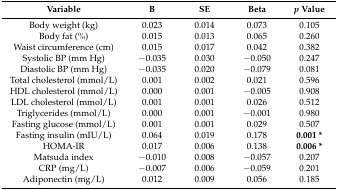
<table><thead><tr><td><b>Variable</b></td><td><b>B</b></td><td><b>SE</b></td><td><b>Beta</b></td><td><b><i>p</i> Value</b></td></tr></thead><tbody><tr><td>Body weight (kg) </td><td>0.023</td><td>0.014</td><td>0.073</td><td>0.105</td></tr><tr><td>Body fat (%) </td><td>0.015</td><td>0.013</td><td>0.065</td><td>0.260</td></tr><tr><td>Waist circumference (cm) </td><td>0.015</td><td>0.017</td><td>0.042</td><td>0.382</td></tr><tr><td>Systolic BP (mm Hg) </td><td>−0.035</td><td>0.030</td><td>−0.050</td><td>0.247</td></tr><tr><td>Diastolic BP (mm Hg) </td><td>−0.035</td><td>0.020</td><td>−0.079</td><td>0.081</td></tr><tr><td>Total cholesterol (mmol/L) </td><td>0.001</td><td>0.002</td><td>0.021</td><td>0.596</td></tr><tr><td>HDL cholesterol (mmol/L) </td><td>0.000</td><td>0.001</td><td>−0.005</td><td>0.908</td></tr><tr><td>LDL cholesterol (mmol/L) </td><td>0.001</td><td>0.001</td><td>0.026</td><td>0.512</td></tr><tr><td>Triglycerides (mmol/L) </td><td>0.000</td><td>0.001</td><td>−0.001</td><td>0.980</td></tr><tr><td>Fasting glucose (mmol/L) </td><td>0.001</td><td>0.001</td><td>0.029</td><td>0.507</td></tr><tr><td>Fasting insulin (mIU/L)</td><td>0.064</td><td>0.019</td><td>0.178</td><td><b>0.001 *</b></td></tr><tr><td>HOMA-IR </td><td>0.017</td><td>0.006</td><td>0.138</td><td><b>0.006 *</b></td></tr><tr><td>Matsuda index </td><td>−0.010</td><td>0.008</td><td>−0.057</td><td>0.207</td></tr><tr><td>CRP (mg/L) </td><td>−0.007</td><td>0.006</td><td>−0.059</td><td>0.201</td></tr><tr><td>Adiponectin (mg/L) </td><td>0.012</td><td>0.009</td><td>0.056</td><td>0.185</td></tr></tbody></table>